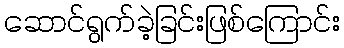
ဆောင်ရွက်ခဲ့ခြင်းဖြစ်ကြောင်း